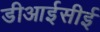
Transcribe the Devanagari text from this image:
डीआईसीई